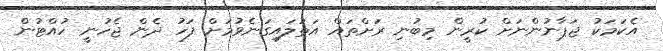
އެކަމަކު ޖަޕާނުންނަށް ކުރީން މިބުނި ރަށްތައް އަތުލައިގަނެވުމަށް ފަހު ދެން ޖެހުނީ ހުއްޓުން